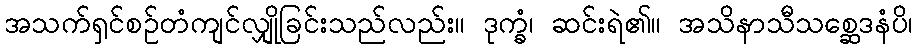
အသက်ရှင်စဉ်တံကျင်လျှိုခြင်းသည်လည်း။ ဒုက္ခံ၊ ဆင်းရဲ၏။ အသိနာသီသစ္ဆေဒနံပိ၊